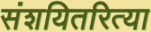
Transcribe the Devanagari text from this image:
संशयितरित्या